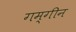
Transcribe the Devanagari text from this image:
गम्गीन